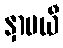
နှာပယီ